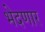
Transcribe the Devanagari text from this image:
भेदणार